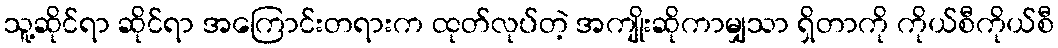
သူ့ဆိုင်ရာ ဆိုင်ရာ အကြောင်းတရားက ထုတ်လုပ်တဲ့ အကျိုးဆိုကာမျှသာ ရှိတာကို ကိုယ်စီကိုယ်စီ